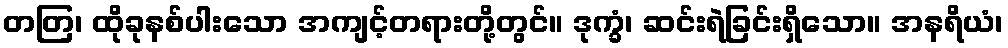
တတြ၊ ထိုခုနစ်ပါးသော အကျင့်တရားတို့တွင်။ ဒုက္ခံ၊ ဆင်းရဲခြင်းရှိသော။ အနရိယံ၊